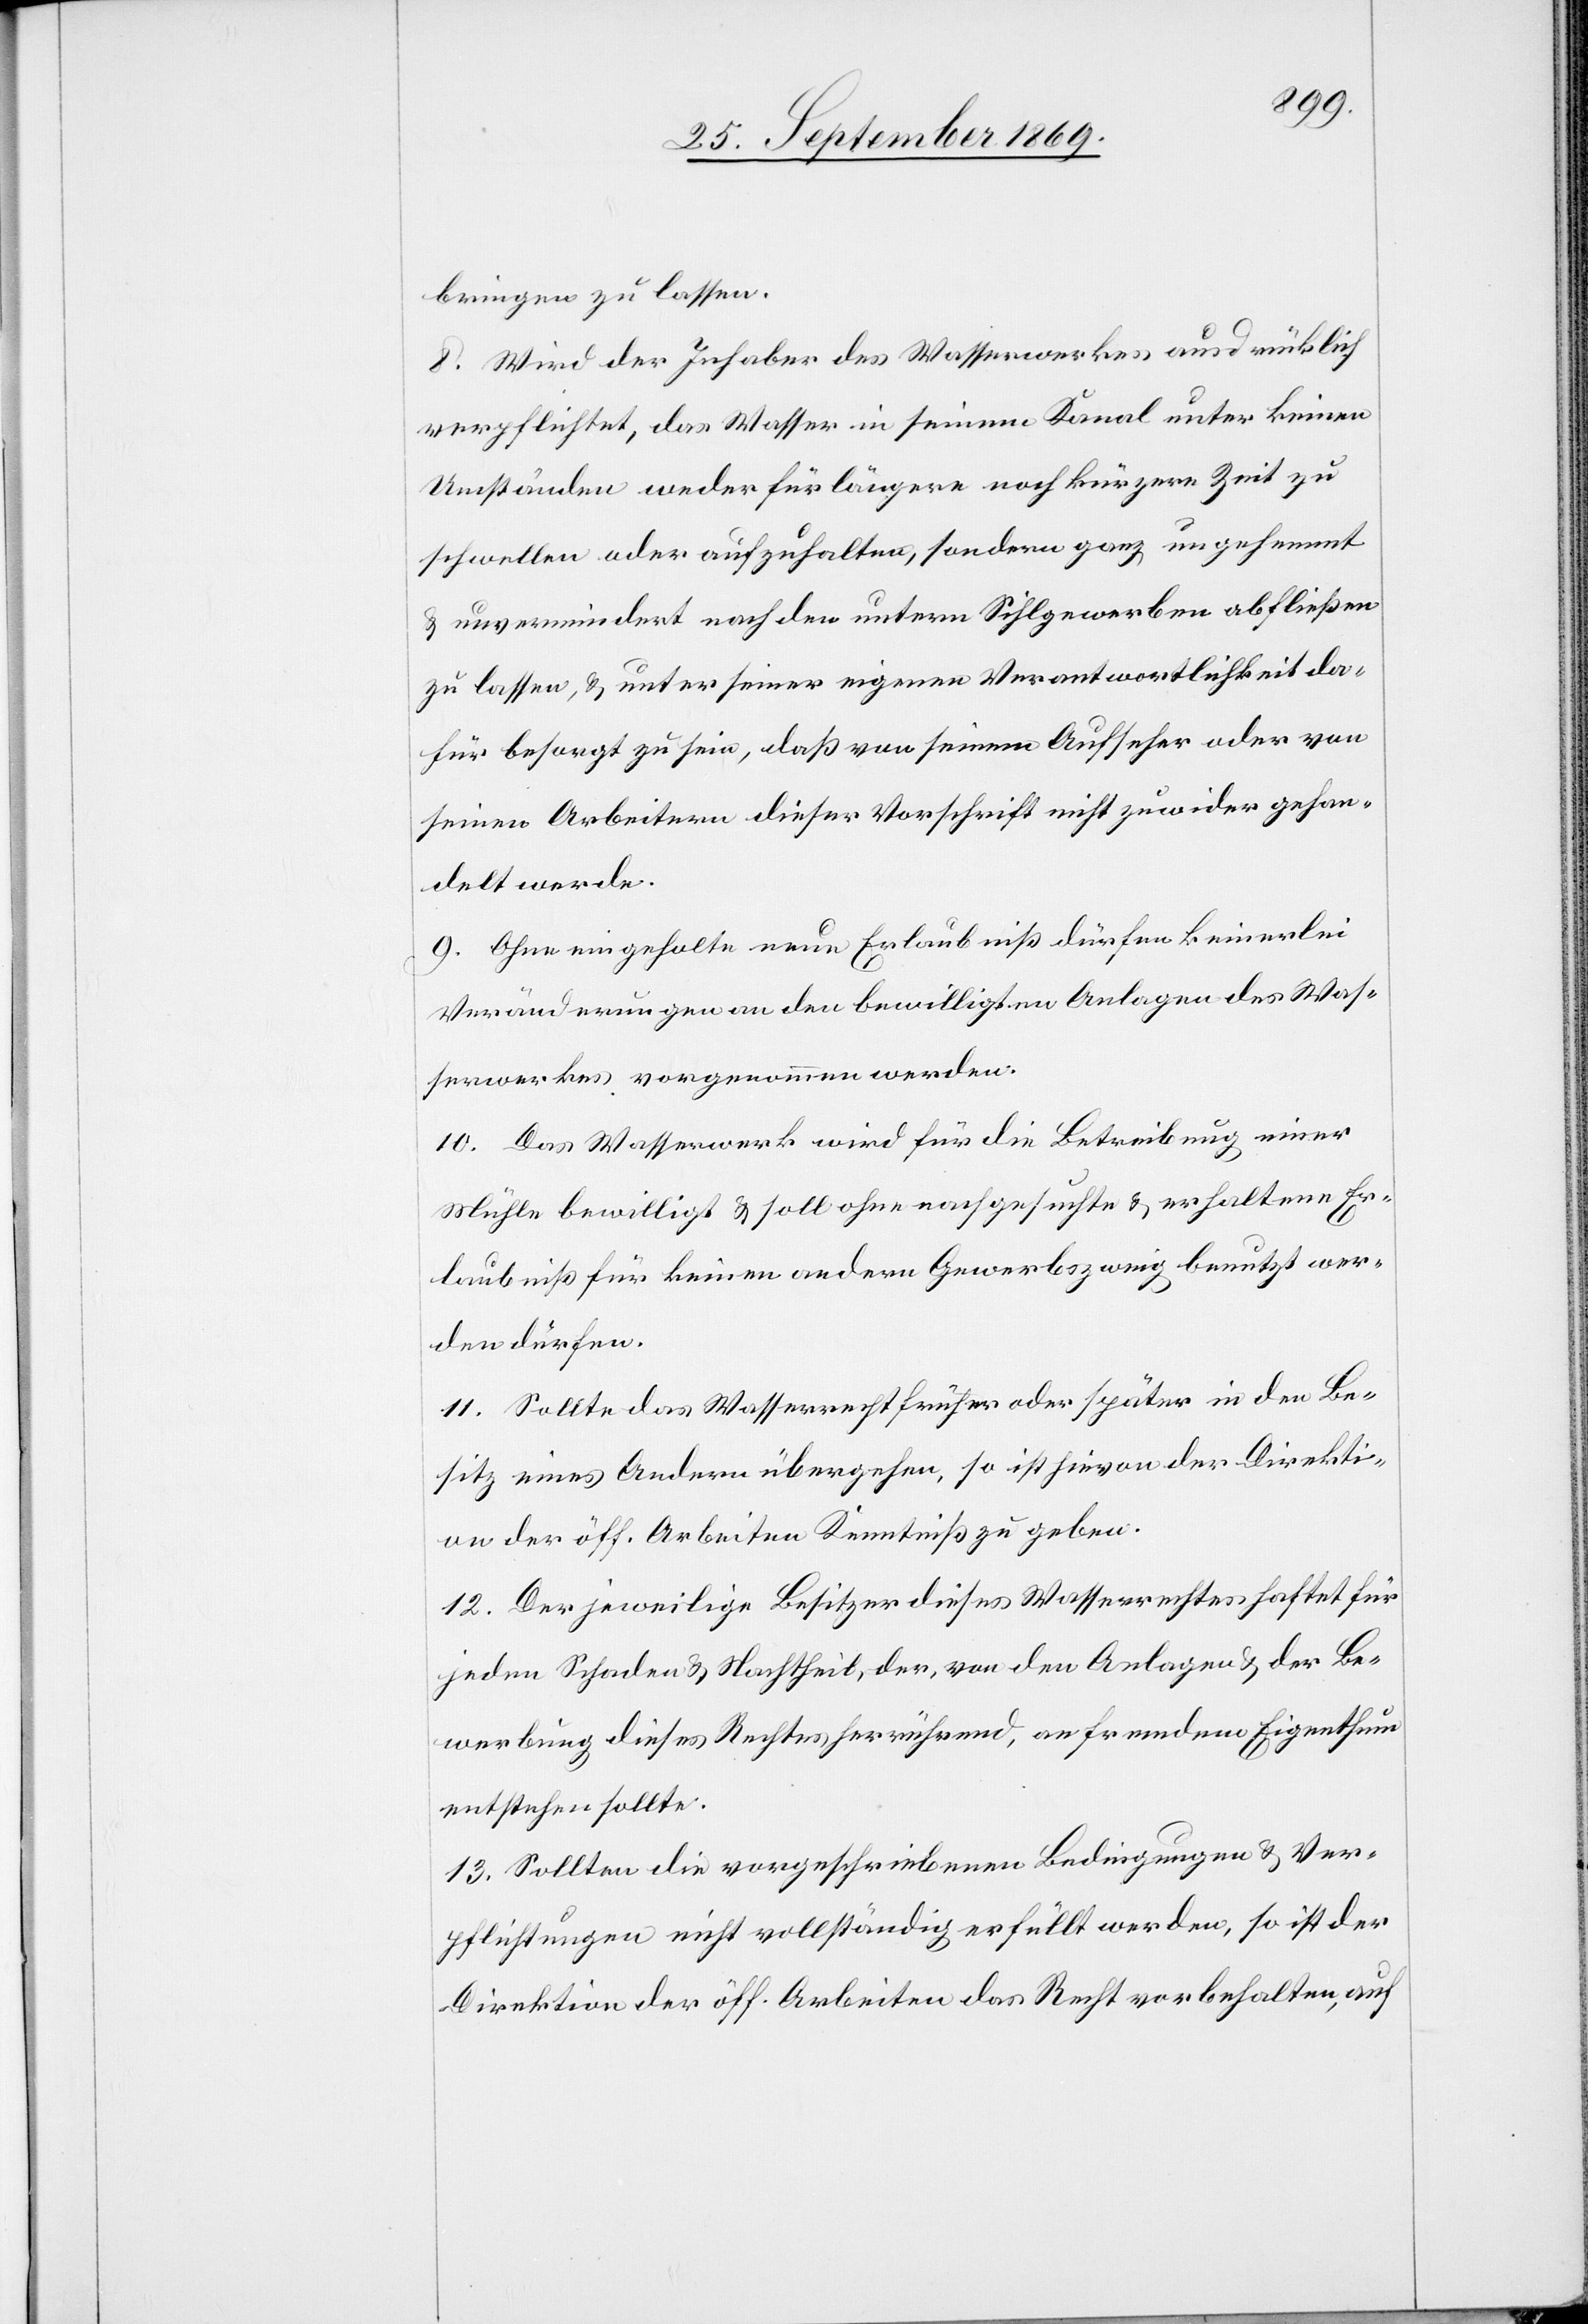
bringen zu lassen.
8. Wird der Inhaber des Wasserwerkes ausdrücklich
verpflichtet, das Wasser in seinem Kanal unter keinen
Umständen weder für längere noch kürzere Zeit zu
schwellen oder aufzuhalten, sondern ganz ungehemmt
& unvermindert nach den untern Sihlgewerben abfließen
zu lassen, & unter seiner eigenen Verantwortlichkeit da¬
für besorgt zu sein, daß von seinem Aufseher oder von
seinen Arbeitern dieser Vorschrift nicht zuwider gehan¬
delt werde.
9. Ohne eingeholte neue Erlaubniß dürfen keinerlei
Veränderungen an den bewilligten Anlagen des Was¬
serwerkes vorgenommen werden.
10. Das Wasserwerk wird für die Betreibung einer
Mühle bewilligt & soll ohne nachgesuchte & erhaltene Er¬
laubniß für keinen andern Gewerbszweig benutzt wer¬
den dürfen.
11. Sollte das Wasserrecht früher oder später in den Be¬
sitz eines Andern übergehen, so ist hievon der Direkti¬
on der öff. Arbeiten Kenntniß zu geben.
12. Der jeweilige Besitzer dieses Wasserrechtes haftet für
jeden Schaden & Nachtheil, der, von den Anlagen & der Be¬
werbung dieses Rechtes herrührend, an fremdem Eigenthum
entstehen sollte.
13. Sollten die vorgeschriebenen Bedingungen & Ver¬
pflichtungen nicht vollständig erfüllt werden, so ist der
Direktion der öff. Arbeiten das Recht vorbehalten, auf